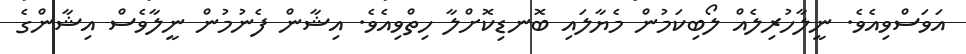
އަވަސްވިއެވެ. ނީލާހުރިލެއް ލޯބިކަމުން މެޔާލައި ބޮނޑިކޮށްލާ ހިތްވިއެވެ. އިޝާން ފެނުމުން ނީލާވެސް އިޝާންގެ